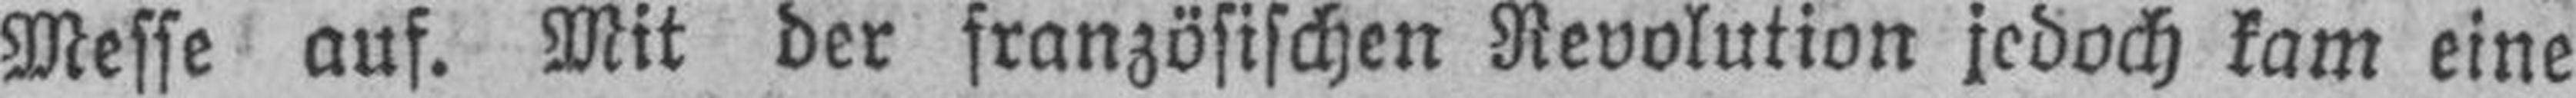
Messe auf. Mit der französischen Revolution jedoch kam eine